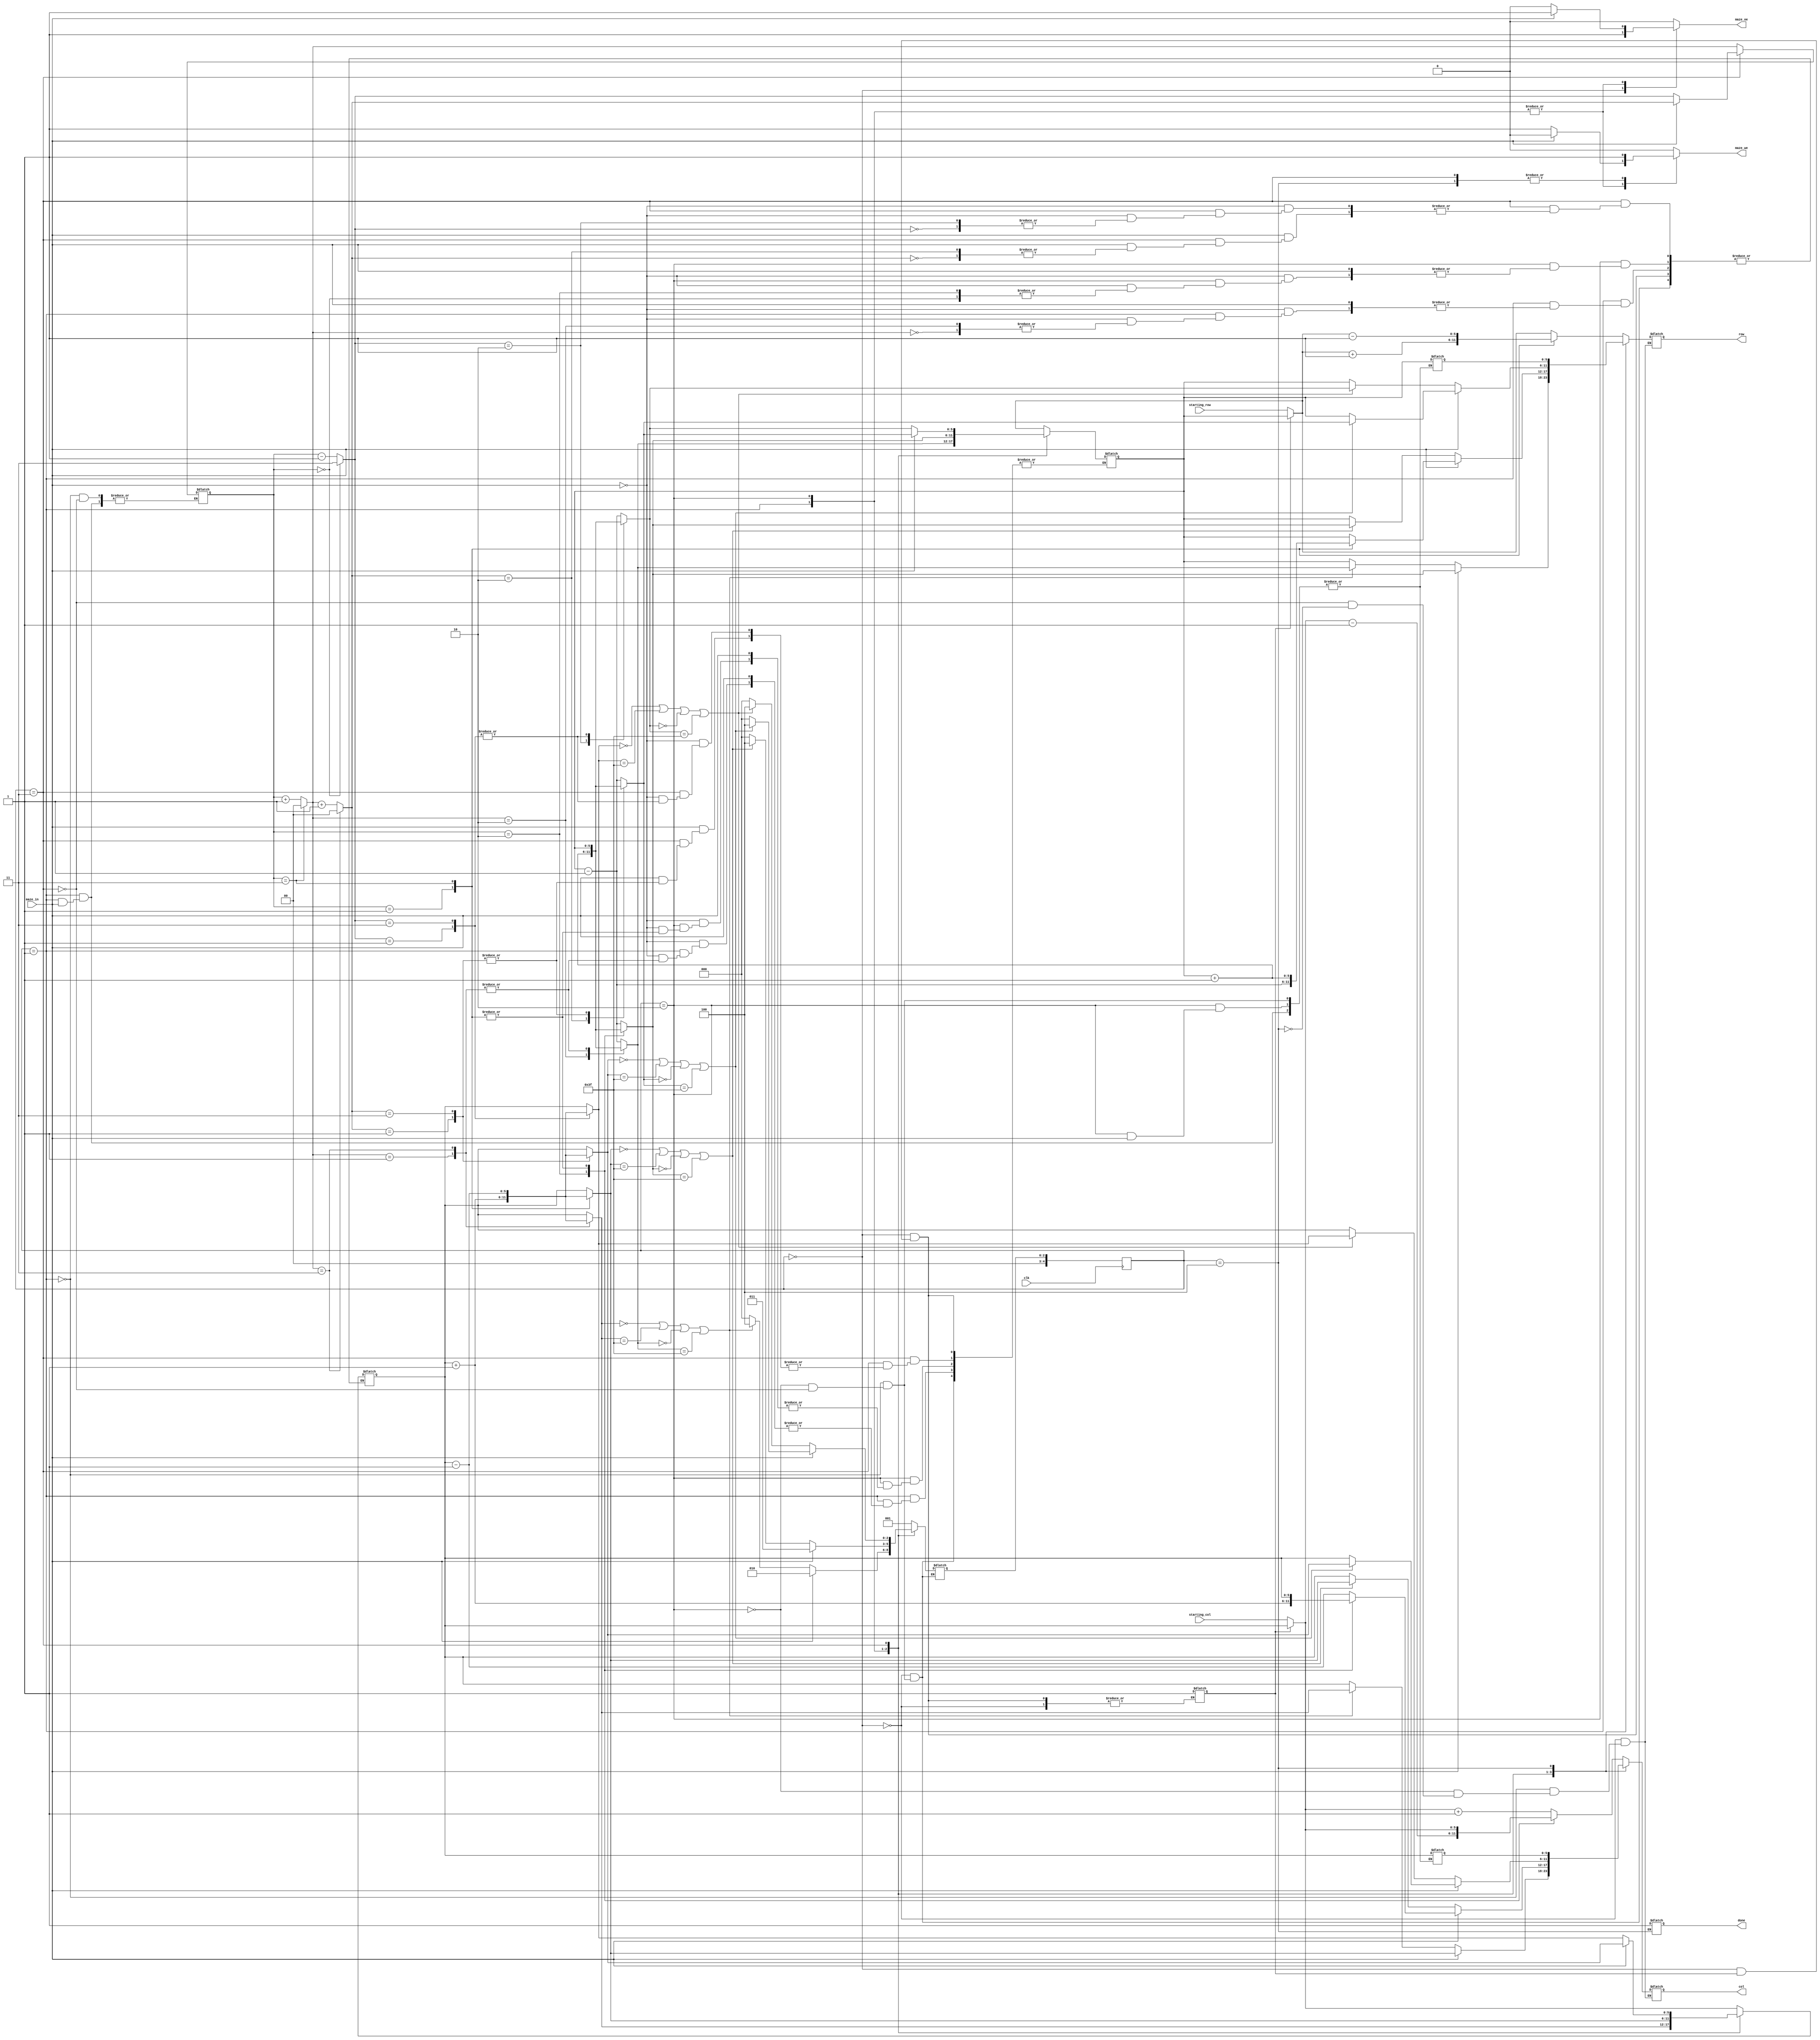
`timescale 1ns / 1ps
module maze(
    input clk,
    input [5:0] starting_col, starting_row,
    input maze_in,
    output reg [5:0] row, col,
    output reg maze_oe,	
    output reg maze_we,
    output reg done 
);

// definirea starilor automatului
`define DO_RIGHT 0
`define MOVE_RIGHT 1
`define MOVE_FWD 2
`define MOVE_LEFT 3
`define DONE 4


// definirea directiilor de inaintare prin labirint
`define UP 0
`define RIGHT 1
`define DOWN 2
`define LEFT 3

reg [1:0] dir = `UP; // directia curenta de navigare
reg [5:0] x = 6'd0, y = 6'd0; // pozitia curenta in labirint
reg [5:0] prev_x = 6'd0, prev_y = 6'd0; // ultima pozitie marcata
reg [4:0] state, next_state = `DO_RIGHT; // starea curenta si urmatoarea

// flags
reg wall_flag = 1'b0; // stocare temporara pentru maze_in
reg init_flag = 1'b0; // flag pentru initializarea automatului

// initiaza verificarea wall-ului din fata
task is_wall_front(); begin
    maze_oe = 1'b1;

    // in functie de directia curenta se verifica pozitii diferite
    case(dir)
        `UP: begin
            row = y - 1;
            col = x;
        end
        `RIGHT: begin
            row = y;
            col = x + 1;
        end
        `DOWN: begin
            row = y + 1;
            col = x;
        end
        `LEFT: begin
            row = y;
            col = x - 1;
        end
    endcase
end endtask

// initiaza verificarea wall-ului din dreapta
task is_wall_right(); begin
    maze_oe = 1'b1;

    case(dir)
        `UP: begin
            row = y;
            col = x + 1;
        end
        `RIGHT: begin
            row = y + 1;
            col = x;
        end
        `DOWN: begin
            row = y;
            col = x - 1;
        end
        `LEFT: begin
            row = y - 1;
            col = x;
        end
    endcase
end endtask

// initiaza verificarea wall-ului din stanga
task is_wall_left(); begin
    maze_oe = 1'b1;

    case(dir)
        `UP: begin
            row = y;
            col = x - 1;
        end
        `RIGHT: begin
            row = y - 1;
            col = x;
        end
        `DOWN: begin
            row = y;
            col = x + 1;
        end
        `LEFT: begin
            row = y + 1;
            col = x;
        end
    endcase
end endtask

// finalizeaza verificarea wall-ului
// aceasta operatiune a fost initiata de una din task-urile precedente
task check_wall(); begin
    wall_flag = maze_in;
    maze_oe = 1'b0;
end endtask

// roteste directia de navigare spre dreapta (ex: up -> right; +90 grade)
task turn_right(); begin
    if(dir == 3) begin
        dir = 0;
    end else begin
        dir = dir + 1;
    end
end endtask

// roteste directia de navigare spre stanga (ex: up -> left; -90 grade)
task turn_left(); begin
    if(dir == 0) begin
        dir = 3;
    end else begin
        dir = dir - 1;
    end
end endtask

// seteaza directia de navigare opusa (ex: up -> down; +180 grade)
task turn_arround(); begin
    turn_right();
    turn_right();
end endtask

// marcheaza pozitia curenta ca fiind parcursa
task mark_path(); begin
    row = y;
    col = x;

    maze_we = 1'b1;
end endtask

// navigheaza o unitate inainte in functie de directia curenta de navigare
task move_forward(); begin
    mark_path();

    // stocam ultima pozitie inainte de a naviga; necesar in cazul in care intr-o stare se vor face 2 scrieri
    prev_x = x;
    prev_y = y;

    case(dir)
        `UP: begin
            y = y - 1;
        end
        `RIGHT: begin
            x = x + 1;
        end
        `DOWN: begin
            y = y + 1;
        end
        `LEFT: begin
            x = x - 1;
        end
    endcase
end endtask

// verifica daca s-a ajuns la sfarsitul labirintului
task check_end(); begin
    if(x == 6'd0 || x == 6'd63 || y == 6'd0 || y == 6'd63) begin
        mark_path();
        next_state = `DONE;
    end else begin
        next_state = `DO_RIGHT;
    end
end endtask

always @(posedge clk) begin
    // pentru fiecare clock rising edge se face tranzitia la urmatoarea stare
    state <= next_state;
end

always @(*) begin
    maze_we = 1'b0; // se reseteaza flag-ul de scriere
    check_wall(); // se finalizeaza verificarea wall-ului (in cazul in care a fost initiata)

    case(state)
        `DO_RIGHT: begin
            // initializare automat; se intampla o singura data
            if(init_flag == 1'b0) begin
                init_flag = 1'b1;

                x = starting_col;
                y = starting_row;
            end

            is_wall_right();
            next_state = `MOVE_RIGHT;
        end
        `MOVE_RIGHT: begin
            if(wall_flag == 1'b1) begin
                is_wall_front();
                next_state = `MOVE_FWD;
            end else begin
                turn_right();
                move_forward();
                check_end();
            end
        end
        `MOVE_FWD: begin
            if(wall_flag == 1'b1) begin
                is_wall_left();
                next_state = `MOVE_LEFT;
            end else begin
                move_forward();
                check_end();
            end
        end
        `MOVE_LEFT: begin
            if(wall_flag == 1'b1) begin
                turn_arround();
                move_forward();
                check_end();
            end else begin
                turn_left();
                move_forward();
                check_end();
            end
        end
        `DONE: begin
            // in starea trecuta s-au facut 2 mark_path (ultimul move, si check_end), deci prima dintre ele nu a putut fi finalizata
            // se face o noua scriere la pozitia care nu a putut fi finalizata
            row = prev_y;
            col = prev_x;
            maze_we = 1'b1;

            done = 1'b1;
        end
    endcase
end

endmodule